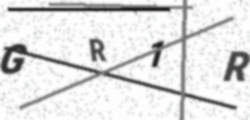
Text: GR1R